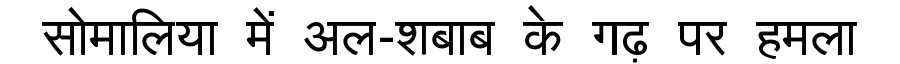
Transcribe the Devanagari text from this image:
सोमालिया में अल-शबाब के गढ़ पर हमला